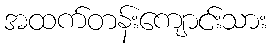
အထက်တန်းကျောင်းသား